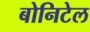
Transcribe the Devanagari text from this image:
बोनिटेल